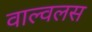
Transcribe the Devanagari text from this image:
वाल्वलस